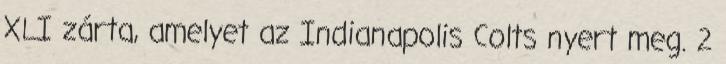
XLI zárta, amelyet az Indianapolis Colts nyert meg. 2